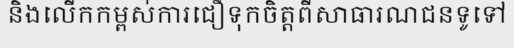
និងលើកកម្ពស់ការជឿទុកចិត្តពីសាធារណជនទូទៅ